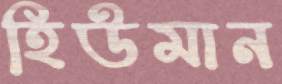
হিউমান